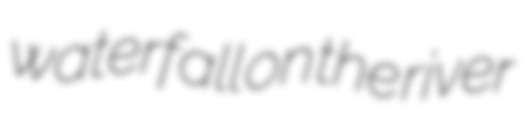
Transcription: waterfall on the river